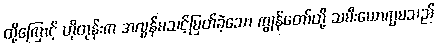
ထို့ကြောင့် ဟိုတုန်းက အလွန်မသင့်မြတ်ခဲ့သော ကျွန်တော်တို့ သမီးယောက္ခမသည်